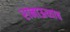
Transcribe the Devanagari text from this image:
रानाऊच्याच